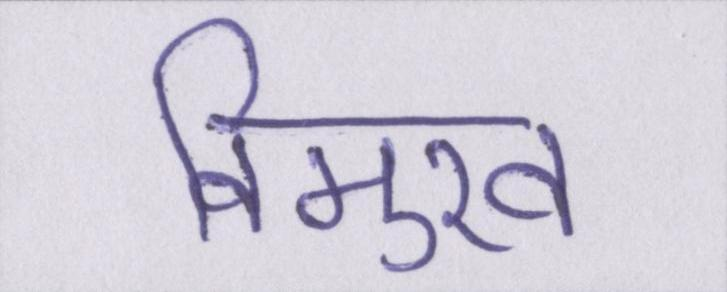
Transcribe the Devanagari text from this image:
विमुख